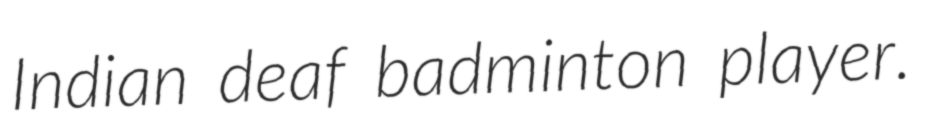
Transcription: Indian deaf badminton player.